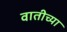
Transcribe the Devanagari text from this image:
वातीच्या